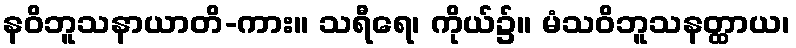
နဝိဘူသနာယာတိ-ကား။ သရီရေ၊ ကိုယ်၌။ မံသဝိဘူသနတ္ထာယ၊